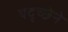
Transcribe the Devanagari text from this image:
यदृच्छेने